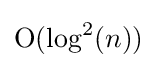
\mathrm {O} (\log ^{2}(n))